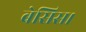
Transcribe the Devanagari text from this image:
बेसिस।